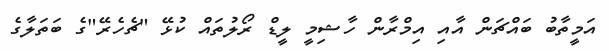
އަމީތާބު ބައްޗަން އާއި އިމްރާން ހާޝިމީ ލީޑް ރޯލުތައް ކުޅޭ "ޗެހެރޭ"ގެ ބަތަލާގެ